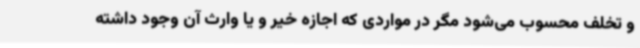
و تخلف محسوب می‌شود مگر در مواردی که اجازه خیر و یا وارث آن وجود داشته